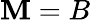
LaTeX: \mathbf{M}=B